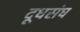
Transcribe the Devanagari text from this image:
दूधसंघ